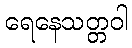
ရေနေသတ္တဝါ